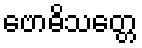
ဗောဓိသတ္တေ